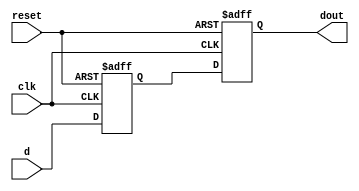
module good_shift_reg (input clk , input reset , input d , output reg dout);
reg q1;
always @ (posedge clk , posedge reset)
begin
	if(reset)
	begin
		q1 <= 1'b0;
		dout <= 1'b0;
	end
	else
	begin
		dout <= q1;
		q1 <= d;
	end
end
endmodule